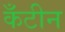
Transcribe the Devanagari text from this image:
कँटीन